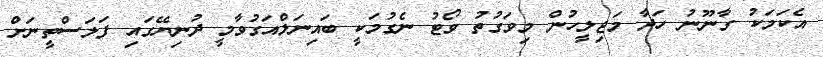
އެކަމަކު ގާނޫނު ހަދާ މަޖިލީހުން މިވަގުތު ވޯޓު ނެގުމަކީ ބައިނަލްއަގުވާމީ ދުނިޔޭގައި ފަލަސްތީނަށް